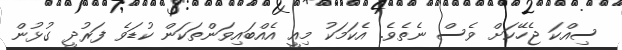
ސިއްކަ ޖެހޭކަށް ވެސް ނެތެވެ. އެކަމަކު މިއީ އެއްބައިވަންތަކަން ކުޑަވެ ފަރުދީ ގުޅުން